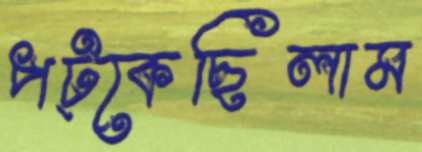
পট্‌কেছিলাম